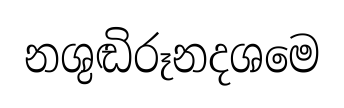
නශුඬිරූනදශමෙ